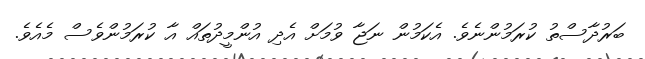
ބަރުދާސްތު ކުރަމުންނެވެ. އެކަމުން ނަޖާ ވުމަށް އެދި އުންމީދުތައް އާ ކުރަމުންވެސް މެއެވެ.